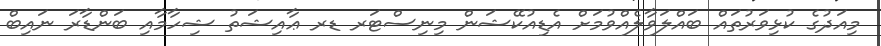
މިއަދުގެ ކުޅިވަރުތައް ބައްލަވާލެއްވުމަށް އެޑިއުކޭޝަން މިނިސްޓަރ ޑރ ޢާއިޝަތު ޝިހާމާއި ބަންޑާރަ ނައިބް